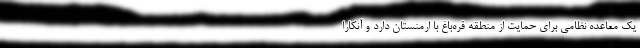
یک معاعده نظامی برای حمایت از منطقه قره‌باغ با ارمنستان دارد و آنکارا